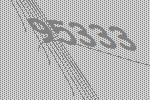
95333